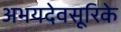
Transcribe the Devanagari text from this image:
अभयदेवसूरिके